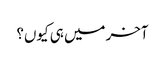
آخر میں ہی کیوں؟